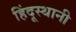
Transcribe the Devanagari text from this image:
हिंदूस्थानी